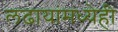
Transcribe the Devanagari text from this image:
लढायांमध्येही